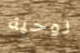
روحية